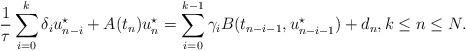
LaTeX: \begin{align*}\frac{1}{\tau}\sum\limits^{k}_{i=0}\delta_i u_{n-i}^\star + A(t_n) u_n^\star=\sum \limits^{k-1}_{i=0}\gamma_iB(t_{n-i-1},u^\star_{n-i-1})+d_n, k\le n \le N.\\\end{align*}